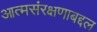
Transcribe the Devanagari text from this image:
आत्मसंरक्षणाबद्दल